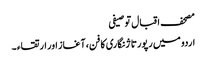
مصحف اقبال توصیفی
اردو میں رپورتاژ نگاری کا فن، آغاز اور ارتقاء ۔